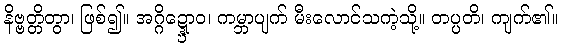
နိဗ္ဗတ္တိတွာ၊ ဖြစ်၍။ အဂ္ဂိဍ္ဍ္ဎောဝ၊ ကမ္ဘာပျက် မီးလောင်သကဲ့သို့။ တပ္ပတိ၊ ကျက်၏။